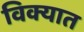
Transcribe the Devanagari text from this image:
विक्यात